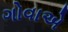
ગોવાએ